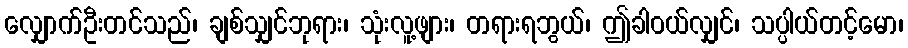
လျှောက်ဦးတင်သည်၊ ချစ်သျှင်ဘုရား၊ သုံးလူ့ဖျား၊ တရားရဘွယ်၊ ဤခါဝယ်လျှင်၊ သပ္ပါယ်တင့်မော၊